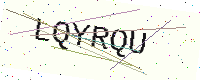
Text: LQYRQU